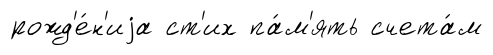
рожд'е́н'иjа ст'их па́м'ять счета́м